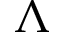
\Lambda